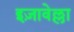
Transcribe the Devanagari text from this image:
इज़ावेल्ला